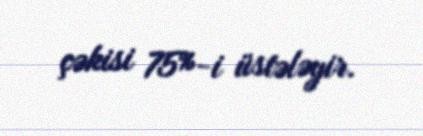
çəkisi 75%-i üstələyir.